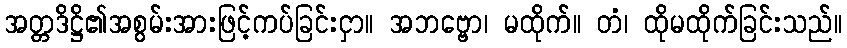
အတ္တဒိဋ္ဌိ၏အစွမ်းအားဖြင့်ကပ်ခြင်းငှာ။ အဘဗ္ဗော၊ မထိုက်။ တံ၊ ထိုမထိုက်ခြင်းသည်။